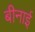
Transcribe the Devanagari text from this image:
बीनाई